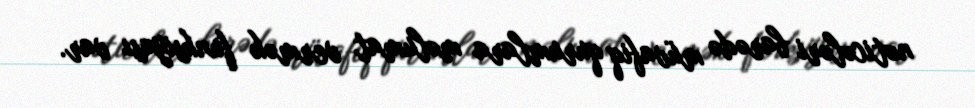
nəticələri barədə müvafiq qurumlara məlumat vermək funksiyası var.